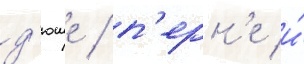
д'юше / п'ерн'е и́